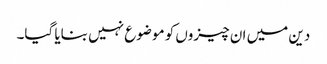
دین میں ان چیزوں کو موضوع نہیں بنایا گیا۔